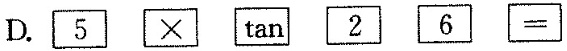
D.$$\boxed { 5 } \boxed { \times } \boxed { \tan } \boxed { 2 } \boxed { 6 } \boxed { = }$$